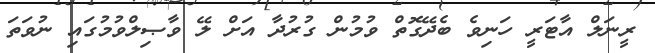
ރީނަލް އާޓަރީ ހަނިވެ ބެދޭގޮތް ވުމުން ގުރުދާ އަށް ލޭ ވާޞިލްވުމުގައި ނުވަތަ